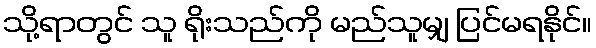
သို့ရာတွင် သူ ရိုးသည်ကို မည်သူမျှ ပြင်မရနိုင်။